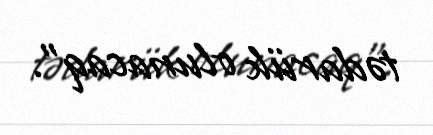
tədarük olunacaq”.